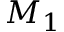
M _ { 1 }